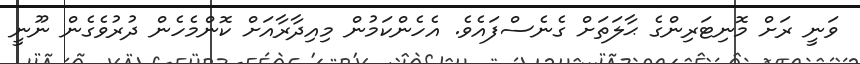
ވަނީ ރަށް މޮނިޓަރިންގެ ޙާލަތަށް ގެނެސްފައެވެ. އެހެންކަމުން މިއިދާރާއަށް ކޮންމެހެން ދުރުވެގެން ނޫނީ